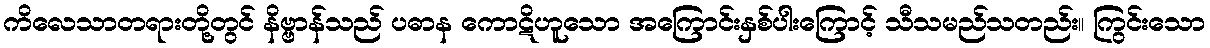
ကိလေသာတရားတို့တွင် နိဗ္ဗာန်သည် ပဓာန ကောဋိဟူသော အကြောင်းနှစ်ပါးကြောင့် သီသမည်သတည်း။ ကြွင်းသော